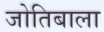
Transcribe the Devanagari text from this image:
जोतिबाला